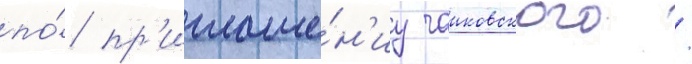
по́ пр'иглаше́н'иу чаиковского /